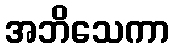
အဘိသေကာ